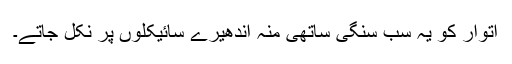
اتوار کو یہ سب سنگی ساتھی منہ اندھیرے سائیکلوں پر نکل جاتے۔